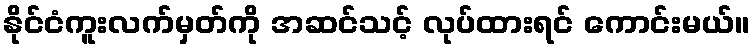
နိုင်ငံကူးလက်မှတ်ကို အဆင်သင့် လုပ်ထားရင် ကောင်းမယ်။